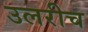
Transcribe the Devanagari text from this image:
उलरीच